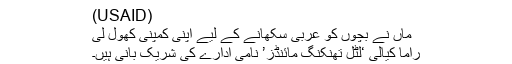
(USAID)
ماں نے بچوں کو عربی سکھانے کے لیے اپنی کمپنی کھول لی
راما کیالی ‘لٹل تھنکنگ مائنڈز’ نامی ادارے کی شریک بانی ہیں۔